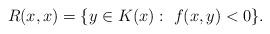
LaTeX: \begin{align*} R(x,x)=\{y\in K(x):~f(x,y)<0\}. \end{align*}